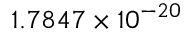
1 . 7 8 4 7 \times 1 0 ^ { - 2 0 }